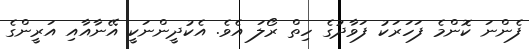
ފެންނަ ކޮންމެ ފަހަރަކު ފަވާދުގެ ހިތް ރޯލަ އެވެ. އެކުދީންނަކީ އޭނާއާއި އަރީންގެ